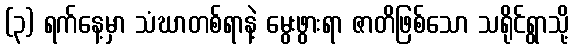
(၃) ရက်နေ့မှာ သံဃာတစ်ရာနဲ့ မွေးဖွားရာ ဇာတိဖြစ်သော သရိုင်ရွာသို့